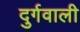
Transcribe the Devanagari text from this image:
दुर्गवाली